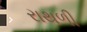
રાથળી